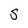
Character: S